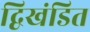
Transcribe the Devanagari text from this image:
द्विखंडित